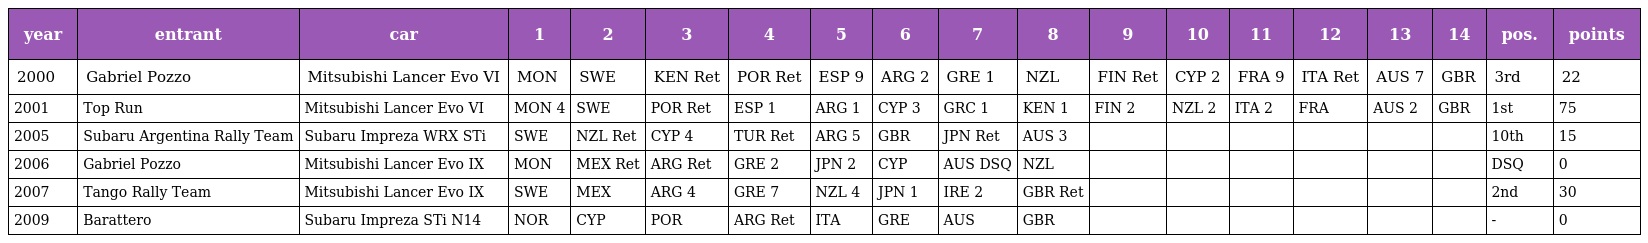
| year | entrant | car | 1 | 2 | 3 | 4 | 5 | 6 | 7 | 8 | 9 | 10 | 11 | 12 | 13 | 14 | pos. | points |
 | --- | --- | --- | --- | --- | --- | --- | --- | --- | --- | --- | --- | --- | --- | --- | --- | --- | --- | --- |
 | 2000 | Gabriel Pozzo | Mitsubishi Lancer Evo VI | MON | SWE | KEN Ret | POR Ret | ESP 9 | ARG 2 | GRE 1 | NZL | FIN Ret | CYP 2 | FRA 9 | ITA Ret | AUS 7 | GBR | 3rd | 22 |
 | 2001 | Top Run | Mitsubishi Lancer Evo VI | MON 4 | SWE | POR Ret | ESP 1 | ARG 1 | CYP 3 | GRC 1 | KEN 1 | FIN 2 | NZL 2 | ITA 2 | FRA | AUS 2 | GBR | 1st | 75 |
 | 2005 | Subaru Argentina Rally Team | Subaru Impreza WRX STi | SWE | NZL Ret | CYP 4 | TUR Ret | ARG 5 | GBR | JPN Ret | AUS 3 |  |  |  |  |  |  | 10th | 15 |
 | 2006 | Gabriel Pozzo | Mitsubishi Lancer Evo IX | MON | MEX Ret | ARG Ret | GRE 2 | JPN 2 | CYP | AUS DSQ | NZL |  |  |  |  |  |  | DSQ | 0 |
 | 2007 | Tango Rally Team | Mitsubishi Lancer Evo IX | SWE | MEX | ARG 4 | GRE 7 | NZL 4 | JPN 1 | IRE 2 | GBR Ret |  |  |  |  |  |  | 2nd | 30 |
 | 2009 | Barattero | Subaru Impreza STi N14 | NOR | CYP | POR | ARG Ret | ITA | GRE | AUS | GBR |  |  |  |  |  |  | - | 0 |